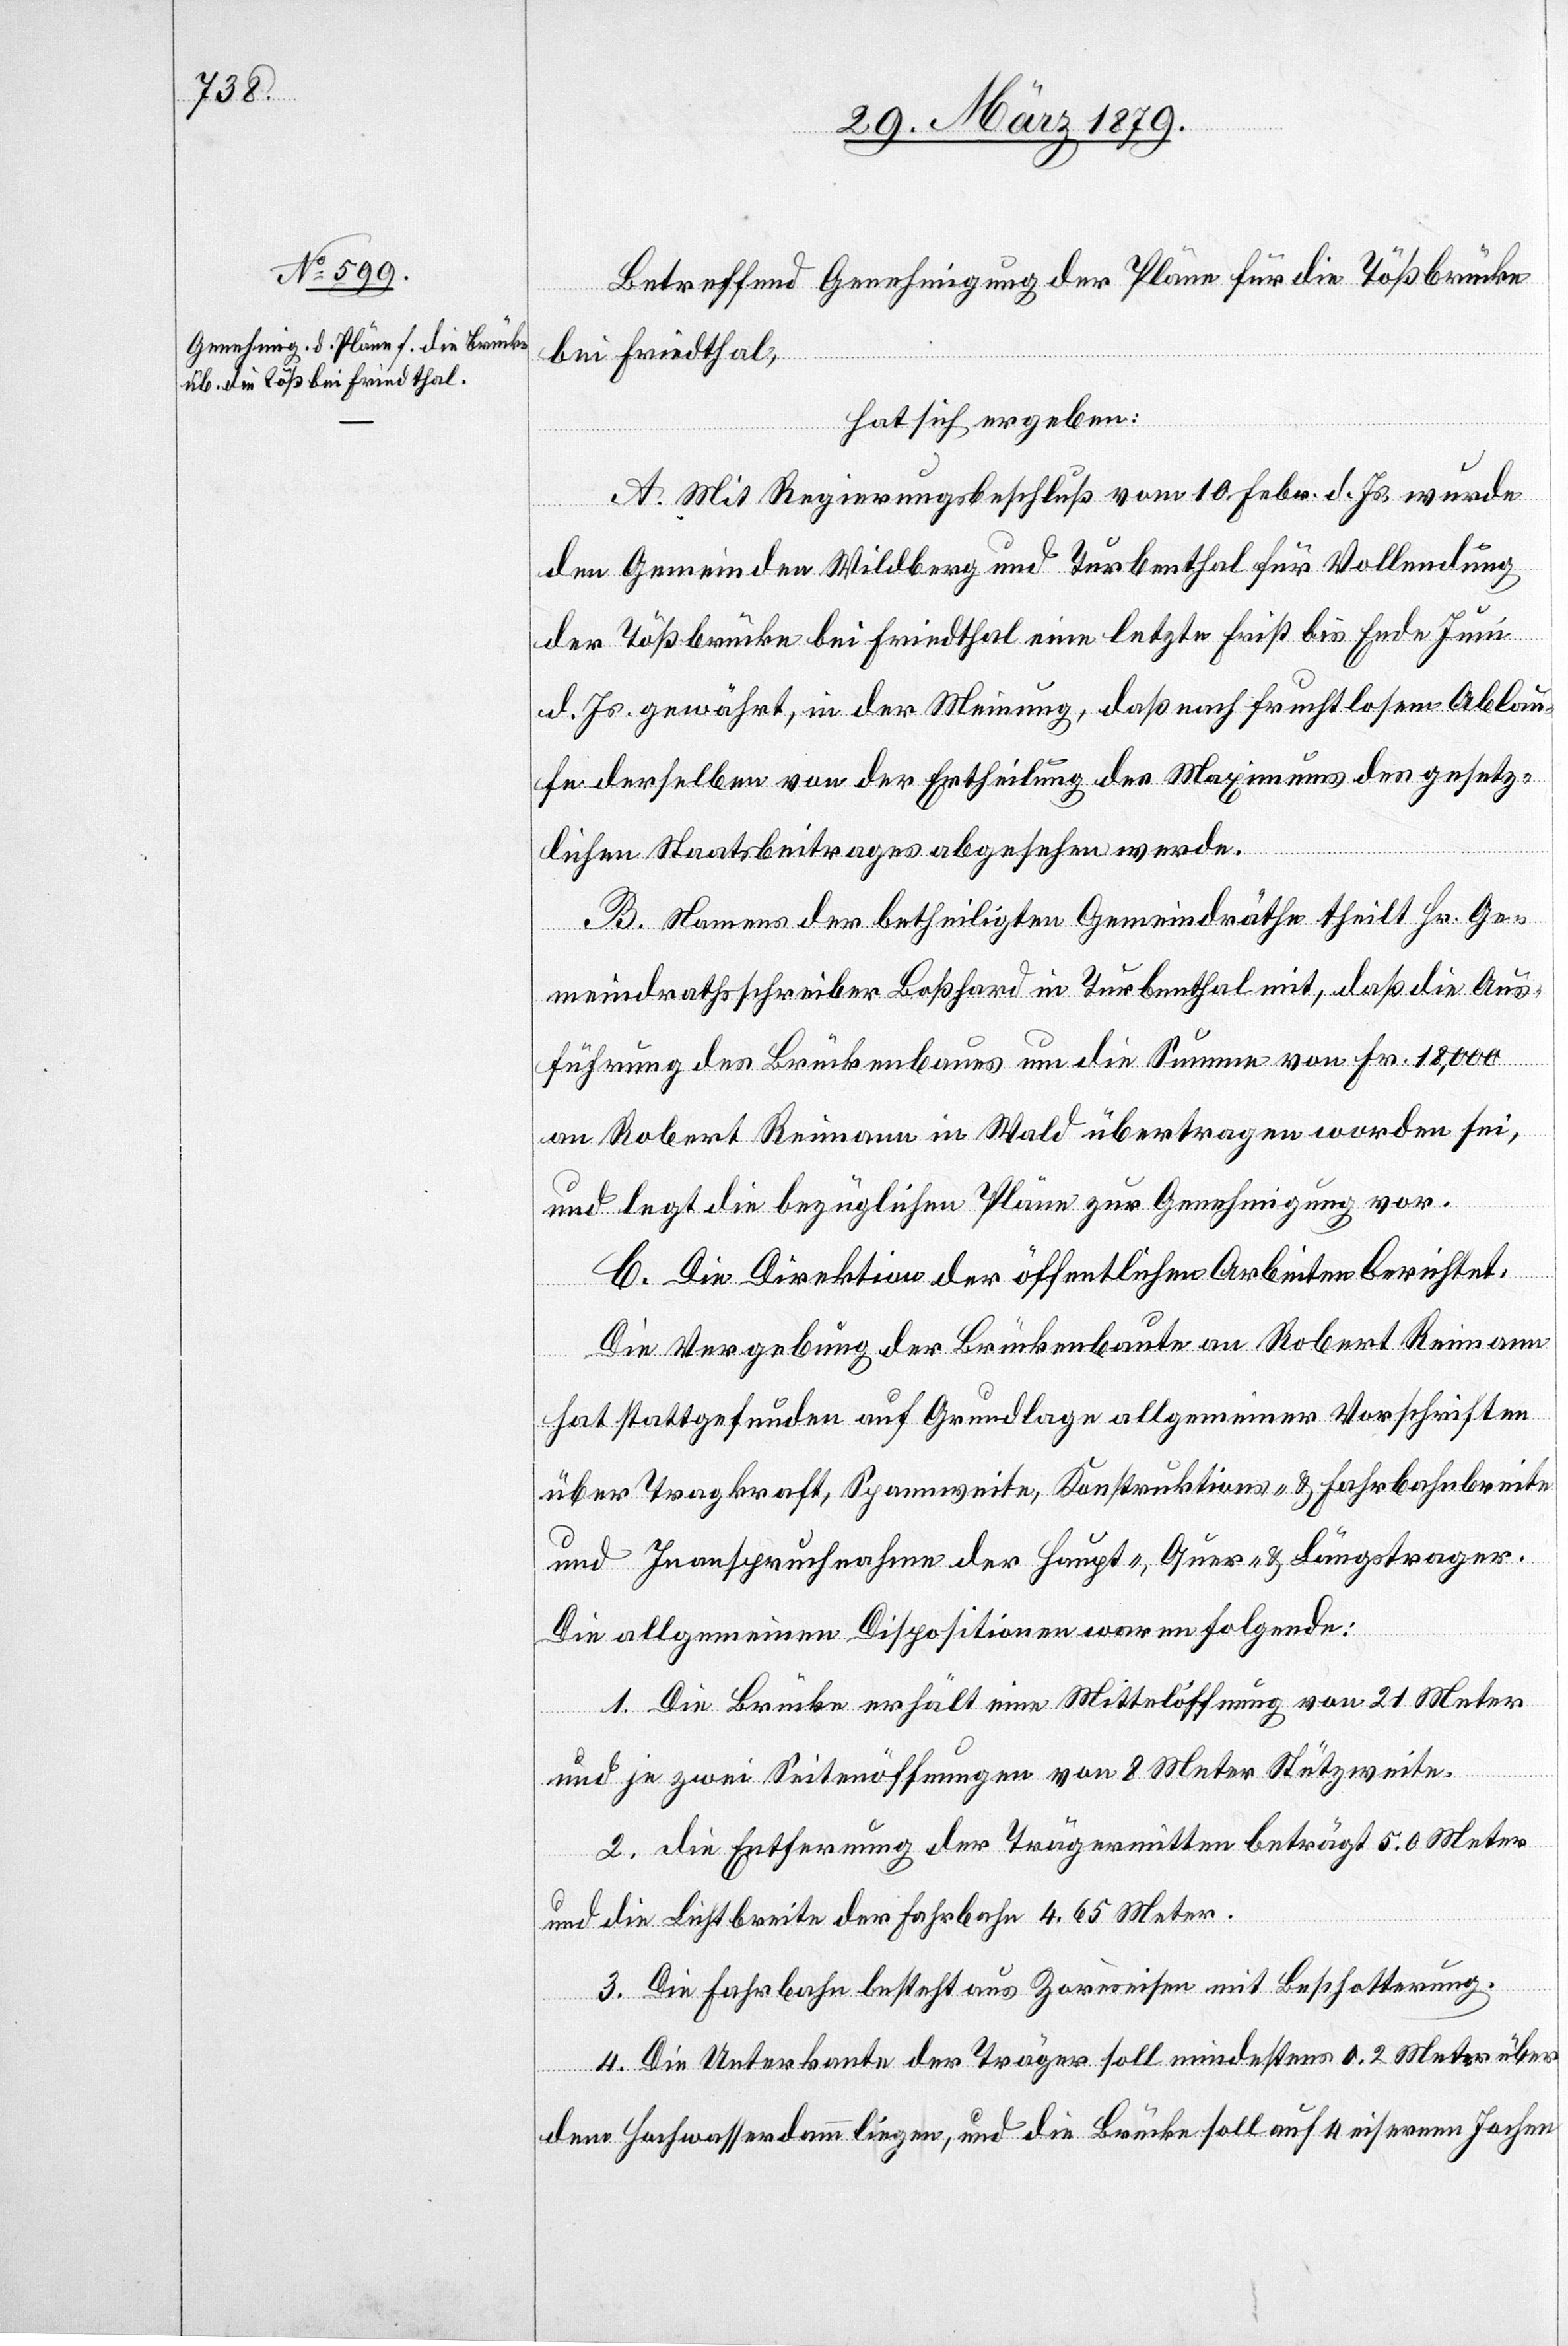
Betreffend Genehmigung der Pläne für die Tößbrücke
bei Friedthal,
hat sich ergeben:
A. Mit Regierungsbeschluß vom 10. Febr. d. Js. wurde
den Gemeinden Wildberg und Turbenthal für Vollendung
der Tößbrücke bei Friedthal eine letzte Frist bis Ende Juni
d. Js. gewährt, in der Meinung, daß nach fruchtlosem Ablau¬
fe derselben von der Ertheilung des Maximums des gesetz¬
lichen Staatsbeitrages abgesehen werde.
B. Namens der betheiligten Gemeindräthe theilt Hr. Ge¬
meindrathsschreiber Boßhard in Turbenthal mit, daß die Aus¬
führung des Brückenbaues um die Summe von Fr. 18,000
an Robert Reimann in Wald übertragen worden sei,
und legt die bezüglichen Pläne zur Genehmigung vor.
C. Die Direktion der öffentlichen Arbeiten berichtet:
Die Vergebung der Brückenbaute an Robert Reimann
hat stattgefunden auf Grundlage allgemeiner Vorschriften
über Tragkraft, Spannweite, Konstruktions- & Fahrbahnbreite
und Inanspruchnahme der Haupt-, Quer- & Längstrager
Die allgemeinen Dispositionen waren folgende:
1. Die Brücke erhält eine Mittelöffnung von 21 Meter
und je zwei Seitenöffnungen von 8 Meter Stützweite.
2. Die Entfernung der Trägermitten beträgt 5.0 Meter
und die Lichtbreite der Fahrbahn 4.65 Meter.
3. Die Fahrbahn besteht aus Zoreseisen mit Beschotterung.
4. Die Unterkante der Träger soll mindesten 0.2 Meter über
dem Hochwasserdamm liegen, und die Brücke soll auf 4 eisernen Jochen